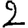
Digit: 2